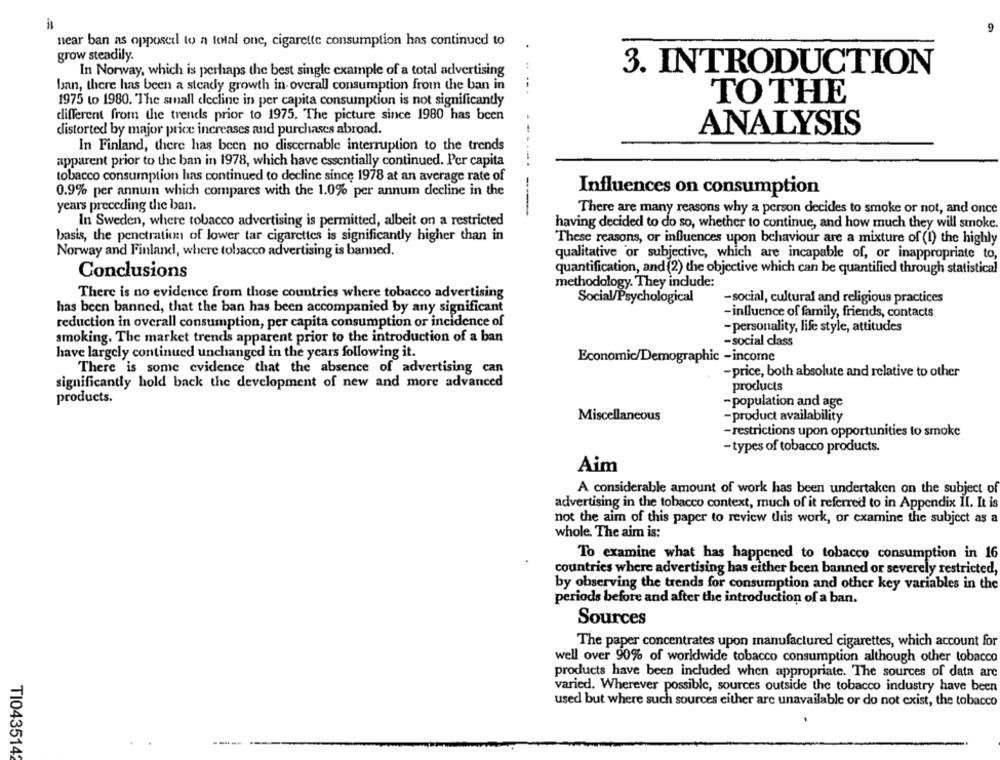
near ban as opposed to a total one, cigarette consumption has continued to
.
grow steadily.
In Norway, which is perhaps the best single example of a total advertising
3. INTRODUCTION
ban, there has been a steady growth in-overall consumption from the ban in
TO THE
1975 to 1980. The small elecline in per capita consumption is not significantly
different from the trends prior to 1975. The picture since 1980 has been
ANALYSIS
distorted by major price increases and purchases abroad.
In Finland, there has been no discernable interruption to the trends
apparent prior to the ban in 1978, which have essentially continued. Per capita
--.
tobacco consumption has continued to decline since 1978 at an average rate of
Influences on consumption
0.9% per annum which compares with the 1.0% per annum decline in the
years preceding the ban.
--
There are many reasons why a person decides to smoke or not, and once
In Sweden, where tobacco advertising is permitted, albeit on a restricted
having decided to do so, whether to continue, and how much they will smoke.
basis, the penetration of lower tar cigarettes is significantly higher than in
These reasons, or influences upon behaviour are a mixture of (1) the highly
Norway and Finland, where tobacco advertising is banned.
qualitative 'or subjective, which are incapable of, or inappropriate to,
quantification, and (2) the objective which can be quantified through statistical
Conclusions
methodology. They include:
There is no evidence from those countries where tobacco advertising
Social/Psychological
-social, cultural and religious practices
has been banned, that the ban has been accompanied by any significant
-influence of family, friends, contacts
reduction in overall consumption, per capita consumption or incidence of
-personality, life style, attitudes
smoking. The market trends apparent prior to the introduction of a ban
-social class
have largely continued unchanged in the years following it.
Economic/Demographic -income
There is some evidence that the absence of advertising can
-price, both absolute and relative to other
significantly hold back the development of new and more advanced
products
products.
-population and age
Miscellaneous
-product availability
-restrictions upon opportunities to smoke
- types of tobacco products.
Aim
A considerable amount of work has been undertaken on the subject of
advertising in the tobacco context, much of it referred to in Appendix II. It is
not the aim of this paper to review this work, or examine the subject as a
whole. The aim is:
To examine what has happened to tobacco consumption in 16
countries where advertising has either been banned or severely restricted,
by observing the trends for consumption and other key variables in the
periods before and after the introduction of a ban.
Sources
The paper concentrates upon manufactured cigarettes, which account for
well over 90% of worldwide tobacco consumption although other tobacco
products have been included when appropriate. The sources of data arc
varied. Wherever possible, sources outside the tobacco industry have been
used but where such sources either are unavailable or do not exist, the tobacco
-----
TI0435142